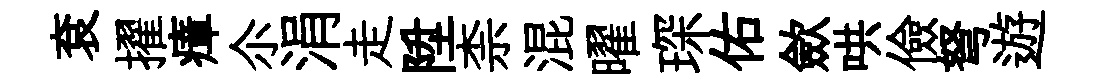
袞擢瘴尒涓走陞柰混曜琛佑歛哄儉弩遊